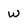
Character: W